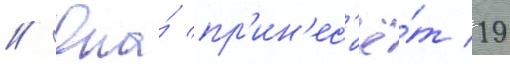
// Она́ пр'ин'ес'ё́т 19